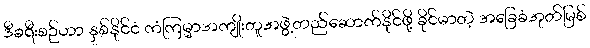
ဒီခရီးစဉ်ဟာ နှစ်နိုင်ငံ ကံကြမ္မာအကျိုးတူအဖွဲ့တည်ဆောက်နိုင်ဖို့ ခိုင်မာတဲ့ အခြေခံအုတ်မြစ်